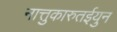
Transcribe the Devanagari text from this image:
नात्तुकारुतईयुन